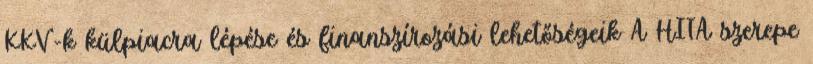
KKV-k külpiacra lépése és finanszírozási lehetőségeik A HITA szerepe